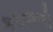
કફવાળી